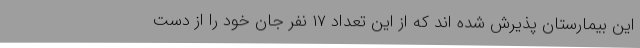
این بیمارستان پذیرش شده اند که از این تعداد ۱۷ نفر جان خود را از دست